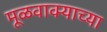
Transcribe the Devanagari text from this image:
मूळवाक्याच्या